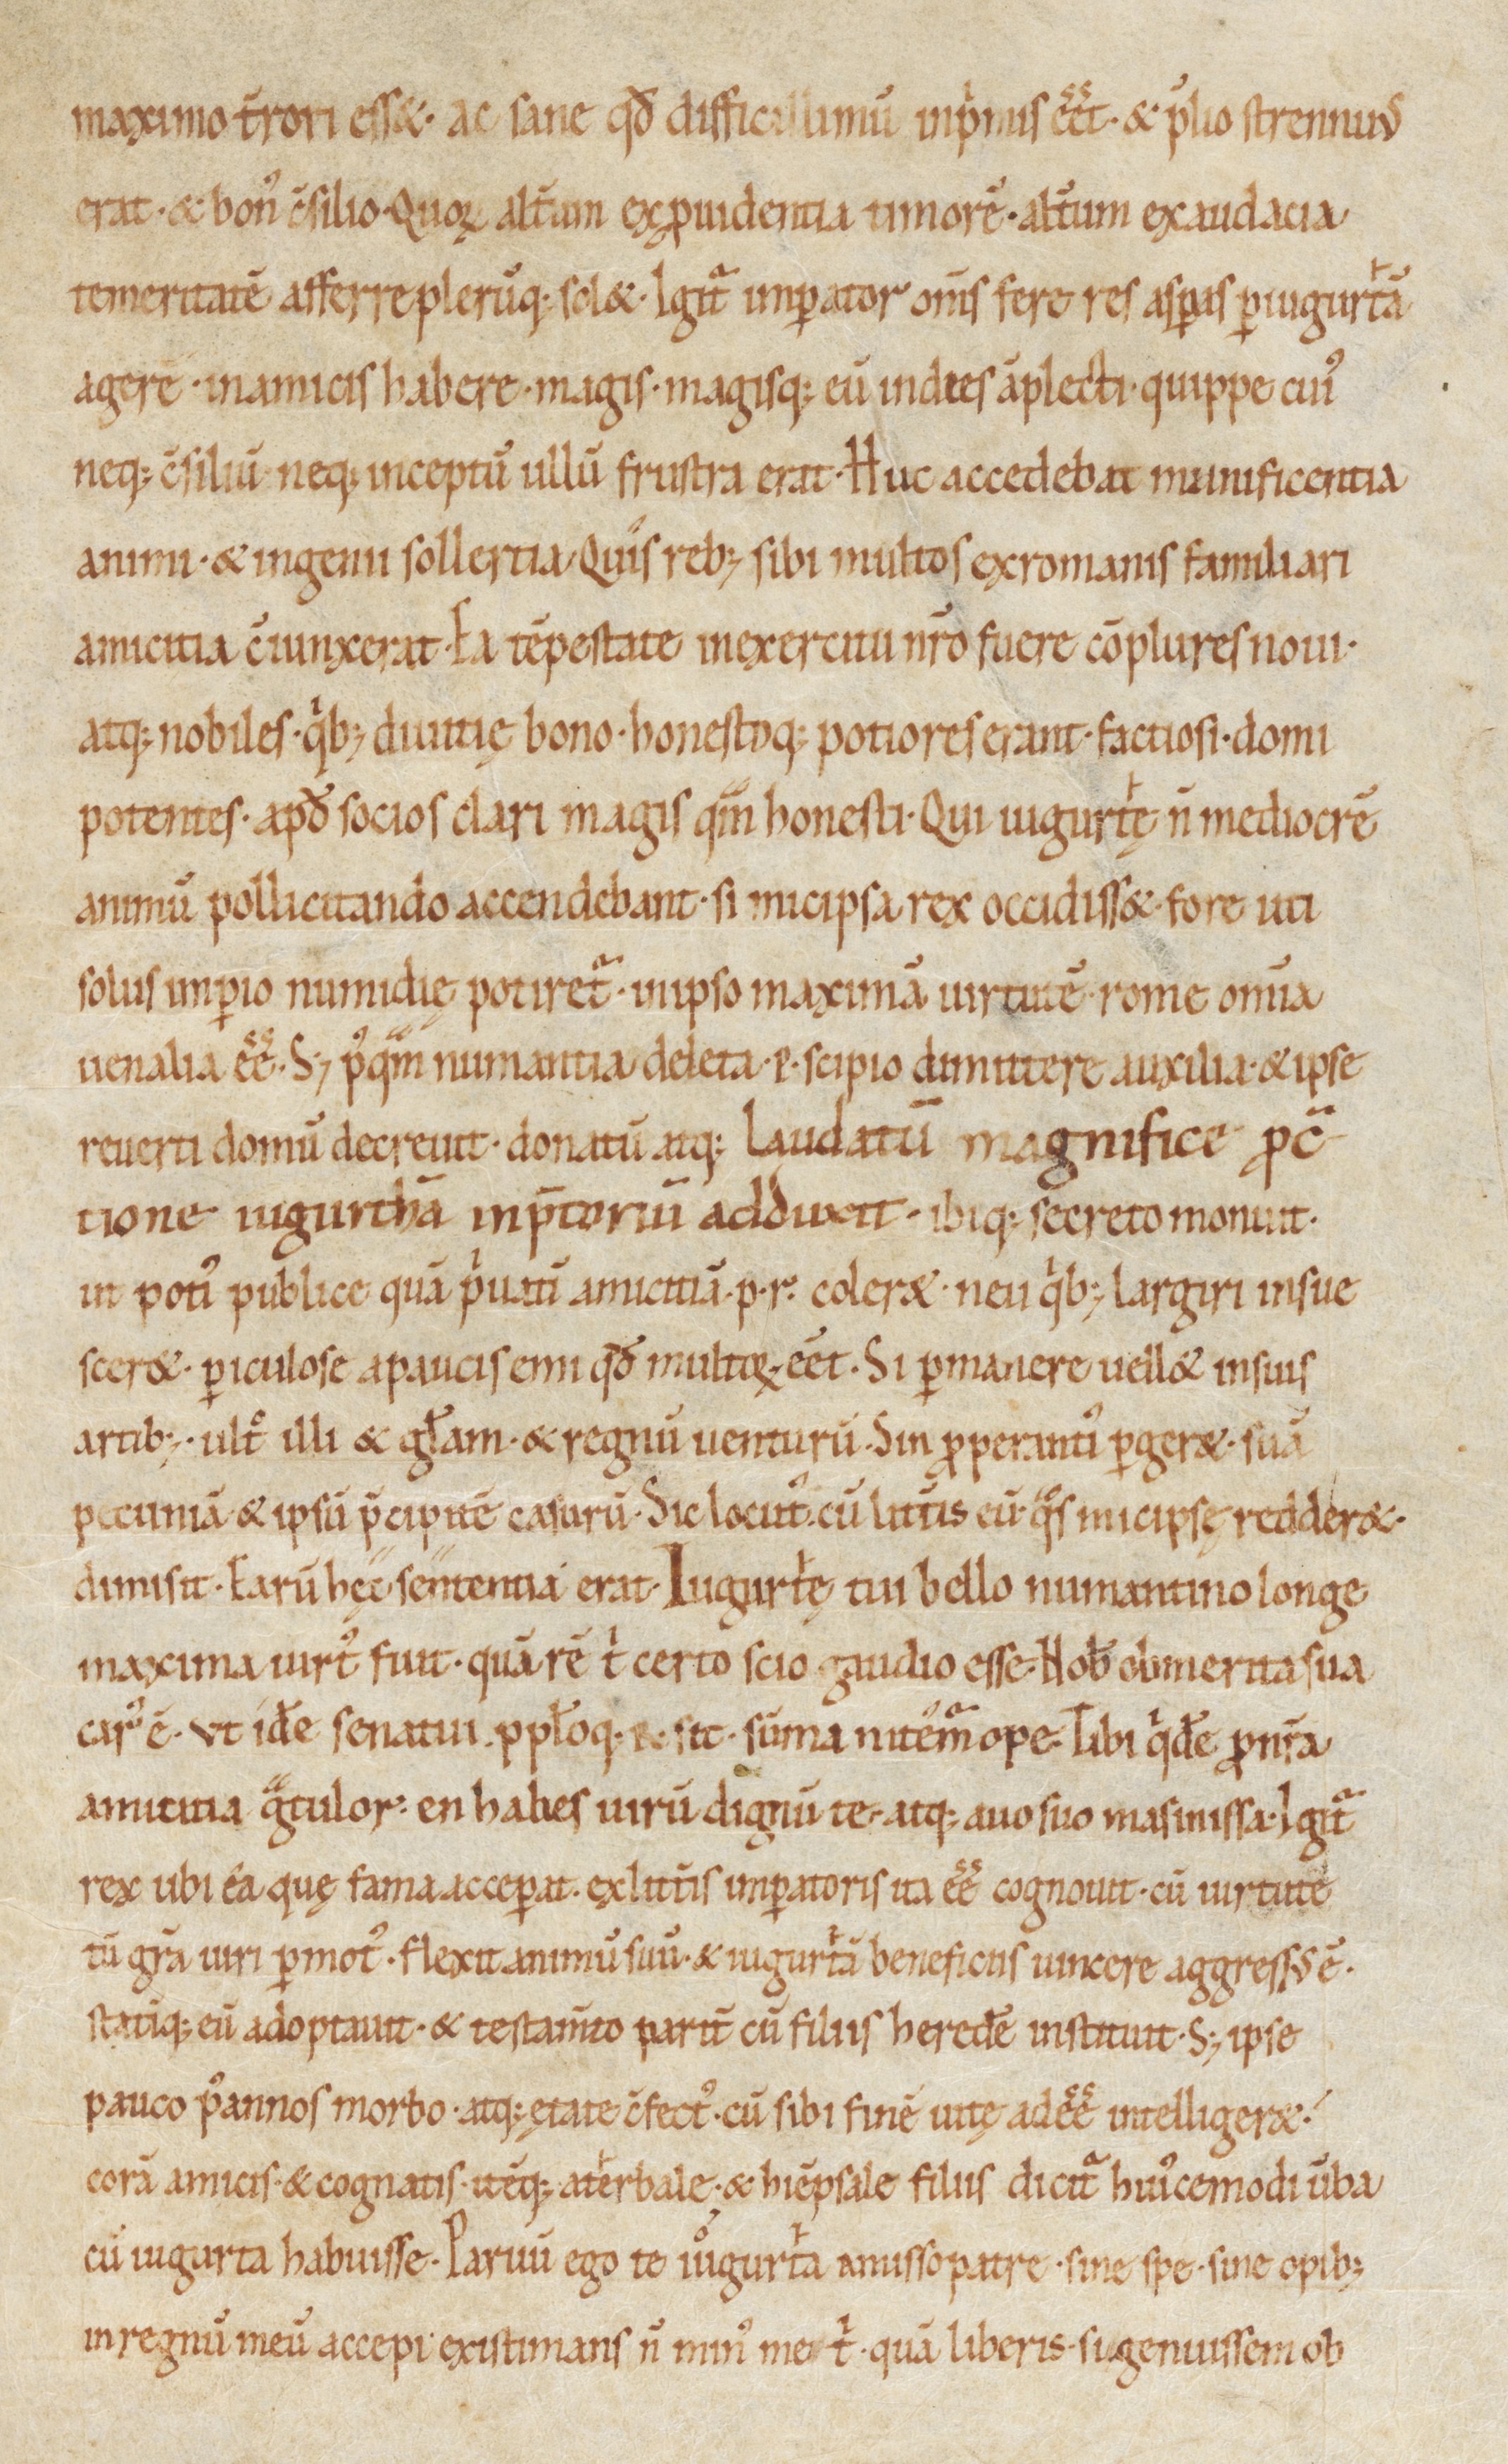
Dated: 1000–1099